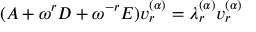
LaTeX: ( A + \omega ^ { r } D + \omega ^ { - r } E ) v _ { r } ^ { ( \alpha ) } = \lambda _ { r } ^ { ( \alpha ) } v _ { r } ^ { ( \alpha ) }